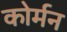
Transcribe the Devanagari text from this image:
कोर्मन